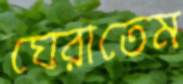
ঘেরাতেম